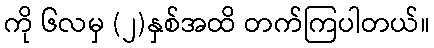
ကို ၆လမှ (၂)နှစ်အထိ တက်ကြပါတယ်။